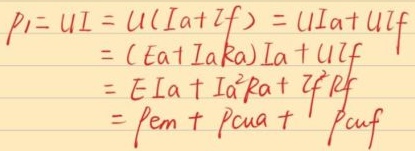
根据能量守恒定律，电机的输入功率\(p_{1}\)等于电磁功率\(p_{em}\)、电枢铜耗\(p_{cua}\)和励磁铜耗\(p_{cuf}\)之和，其推导过程如下：
\[
\begin{align*}
p_{1}&=UI = U(I_a + I_f)=UI_a+UI_f\\
&=(E_a + I_aR_a)I_a+UI_f\\
&=E_a I_a+I_a^{2}R_a + I_fR_f\\
&=p_{em}+p_{cua}+p_{cuf}
\end{align*}
\]